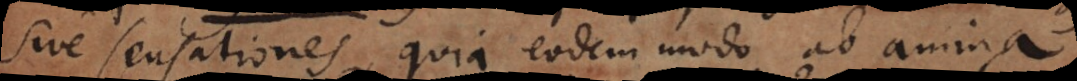
sive sensationes, quia eodem modo ab anima